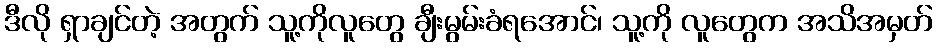
ဒီလို ရှာချင်တဲ့ အတွက် သူ့ကိုလူတွေ ချီးမွမ်းခံရအောင်၊ သူ့ကို လူတွေက အသိအမှတ်